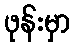
ဖုန်းမှာ